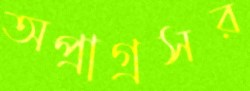
অপ্রাগ্রসর